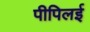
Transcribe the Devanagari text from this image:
पीपिलई